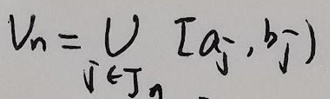
$V_n=\bigcup_{j\in J_n}[a_j,b_j)$